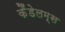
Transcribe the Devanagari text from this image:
कैंडेलम्स